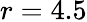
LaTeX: r=4.5